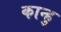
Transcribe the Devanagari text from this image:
कान्हु